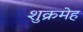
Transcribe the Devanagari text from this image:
शुक्रमेह